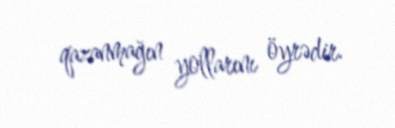
qazanmağın yollarını öyrədir.